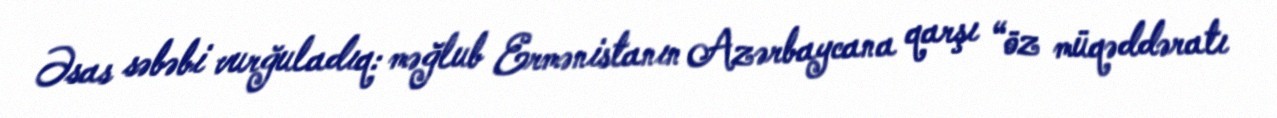
Əsas səbəbi vurğuladıq: məğlub Ermənistanın Azərbaycana qarşı “öz müqəddəratı